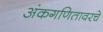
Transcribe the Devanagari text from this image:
अंकगणितावरचे